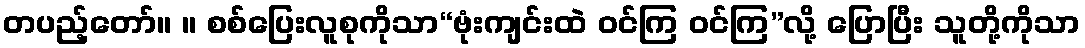
တပည့်တော်။ ။ စစ်ပြေးလူစုကိုသာ“ဗုံးကျင်းထဲ ဝင်ကြ ဝင်ကြ”လို့ ပြောပြီး သူတို့ကိုသာ